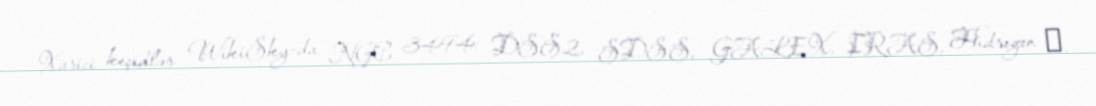
Xarici keçidlər WikiSky-da NGC 3494: DSS2, SDSS, GALEX, IRAS, Hidrogen α,